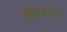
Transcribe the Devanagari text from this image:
प्रतिष्ठानांच्या